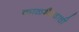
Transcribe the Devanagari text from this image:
काळभैरवाची